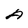
Character: A